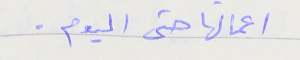
اعمالها حتى اليوم .